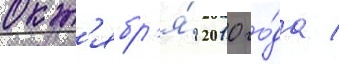
окт'ябр'я́ 2010 го́да /